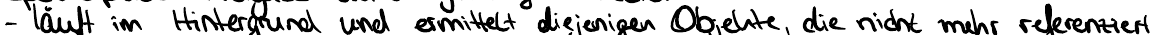
- läuft im Hintergrund und ermittelt diejenigen Objekte, die nicht mehr referenziert